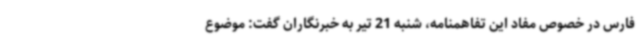
فارس در خصوص مفاد این تفاهمنامه، شنبه 21 تیر به خبرنگاران گفت: موضوع